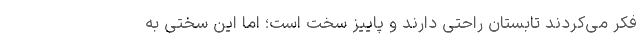
فکر می‌کردند تابستان راحتی دارند و پاییز سخت است؛ اما این سختی به